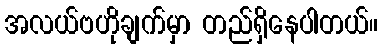
အလယ်ဗဟိုချက်မှာ တည်ရှိနေပါတယ်။